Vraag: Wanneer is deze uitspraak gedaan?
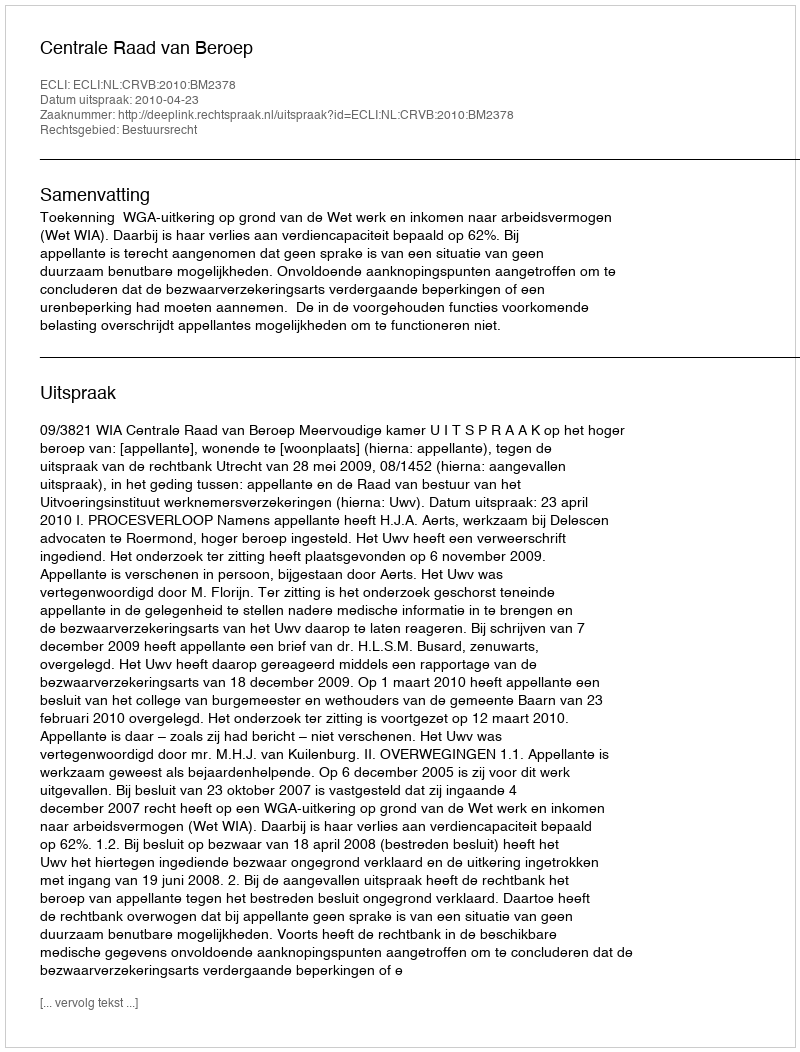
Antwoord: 2010-04-23